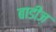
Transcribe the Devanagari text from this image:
बाडीज़